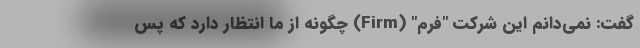
گفت: نمی‌دانم این شرکت "فرم" (Firm) چگونه از ما انتظار دارد که پس